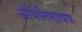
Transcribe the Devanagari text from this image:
अबिनिमायण